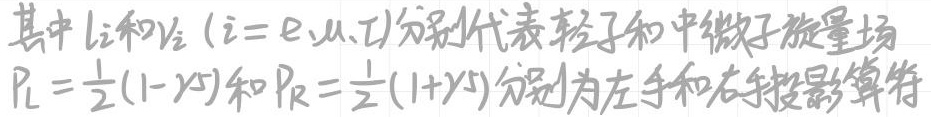
其中\(l_i\)和\(\nu_i\)（\(i = e,\mu,\tau\)）分别代表轻子和中微子旋量场，\(P_L=\frac{1}{2}(1 - \gamma_5)\)和\(P_R=\frac{1}{2}(1 + \gamma_5)\)分别为左手和右手投影算符。